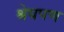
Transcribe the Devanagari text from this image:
श्रेयपण